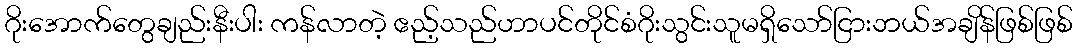
ဂိုးအောက်တွေချည်းနီးပါး ကန်လာတဲ့ ဧည့်သည်ဟာပင်တိုင်စံဂိုးသွင်းသူမရှိသော်ငြားဘယ်အချိန်ဖြစ်ဖြစ်